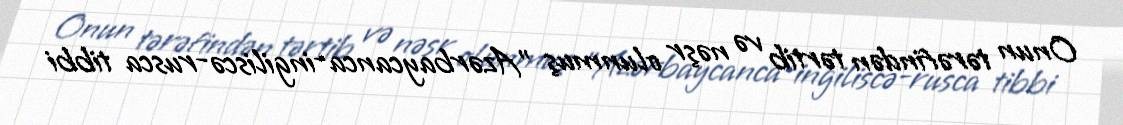
Onun tərəfindən tərtib və nəşr olunmuş "Azərbaycanca-ingiliscə-rusca tibbi